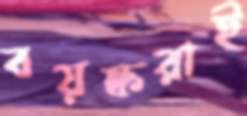
বয়স্করাই